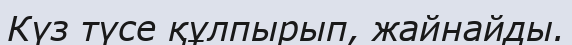
Күз түсе құлпырып, жайнайды.